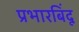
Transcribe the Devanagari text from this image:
प्रभारबिंदू